Vaccination in Bombay 1924-1928 - 1924-1928
Year: 1924
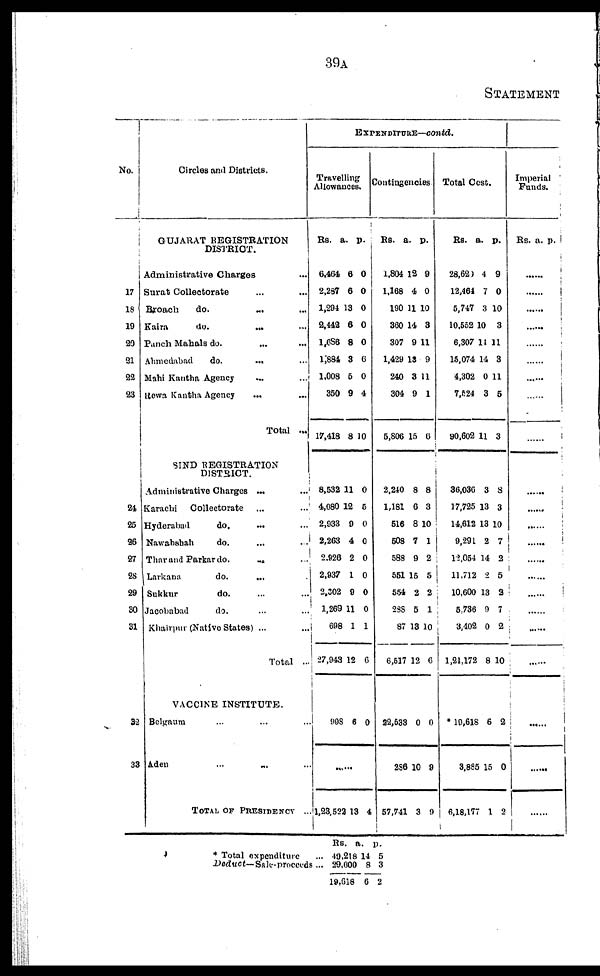
39A
STATEMENT
No.
Circles and Districts.
GUJARAT REGISTRATION
DISTRICT.
17
18
19
20
21
22
23
Administrative Charges ...
Surat Colleotorate ... ...
Broach
do. ... ...
Kaira
do. ... ...
Panch Mahals do. ... ...
Ahmedabad
do. ... ...
Mahi Kantha Agency ... ...
Rewa Kantha Agency ... ...
Total ...
SIND REGISTRATION
DISTRICT.
21
25
26
27
28
29
30
31
32
33
Administrative Charges ... ...
Karachi Collectorate ... ...
Hyderabad
do.
... ...
Nawabshah
do. ... ...
Thar and Parkar do.
...
Larkana
do.
... ...
Sukkur
do. ... ...
Jacobabad
do. ... ...
Khairpur (Native States) ... ...
Total ...
VACCINE INSTITUTE.
Bclgaum ... ... ...
Aden ... ... ...
TOTAL OF PRESIDENCY ...
EXPENDITURE—contd.
Travelling
Allowances.
Rs
6,464
2,287
1,294 1
2,442
1,686
1,884
1,008
350
17,418
8,532
4,080
2,933
2,263
2,926
2,937
2,302
1,269
698
27,943
a.
6
6
13
6
8
3
5
9
8
11
12
9
4
2
1
9
11
1
12
p.
0
0
0
0
0
6
0
4
10
0
5
0
0
0
0
0
0
1
0
998 6 0
......
1,23,523 13 4
Contingencies
Rs.
1,804
1,168
190
360
307
1,429
240
304
5,806
a.
12
4
11
14
9
13
3
9
15
p.
9
0
10
3
11
9
11
1
6
2,240
1,181
516
508
588
551
554
288
87
6,517
8
6
8
7
9
15
2
5
13
12
8
3
10
1
2
5
2
1
10
6
22,533
286
57,741
0
10
3
0
9
9
Total Cost.
Rs.
28,620
12,464
5,747
10,552
6,307
15,074
4,302
7,524
90,602
a.
4
7
3
10
14
14
0
3
11
p.
9
0
10
3
11
3
11
5
3
36,036
17,725
14,612
9,291
12,054
11,712
10,600
5,736
3,402
1,21,172
3
13
13
2
14
2
13
9
0
8
8
3
10
7
2
5
2
7
2
10
* 19,618
3,885
6,18,177
6
15
1
2
0
2
Imperial
Funds.
Rs. a. p.
......
......
......
......
......
......
......
......
......
......
......
......
......
......
......
......
......
......
......
......
* Total expenditure ...
Deduct— Sale-proceeds ...
Rs.
49,218
29,600
19,618
a.
14
8
6
p.
5
3
2